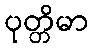
ပုတ္တိမာ